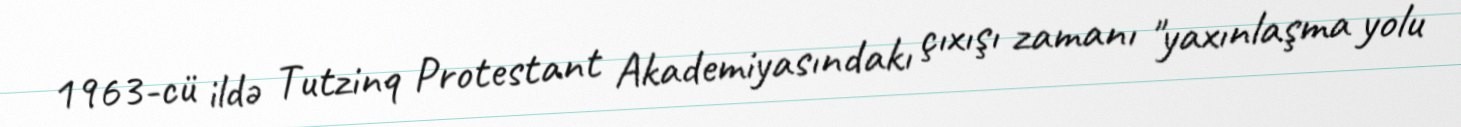
1963-cü ildə Tutzinq Protestant Akademiyasındakı çıxışı zamanı "yaxınlaşma yolu